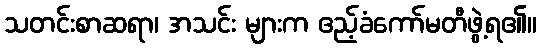
သတင်းစာဆရာ၊ အသင်း များက ဧည့်ခံကော်မတီဖွဲ့ရ၏။